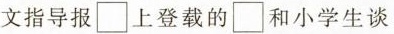
文指导报□上登载的□和小学生谈